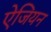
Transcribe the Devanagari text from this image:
ऐजियन